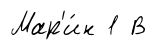
Мар'и́н 1 В